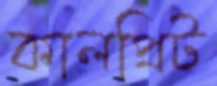
কালপ্রিট